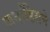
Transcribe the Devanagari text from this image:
फर्नांडिसने